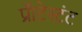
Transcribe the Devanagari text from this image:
प्रॅाटेस्टंट